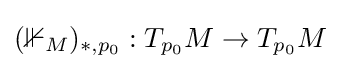
(\mathbb {1} _{M})_{*,p_{0}}:T_{p_{0}}M\to T_{p_{0}}M